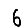
Digit: 6